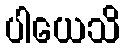
ပါယေသိ